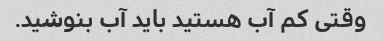
وقتی کم آب هستید باید آب بنوشید.